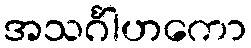
အသင်္ဂါဟကော